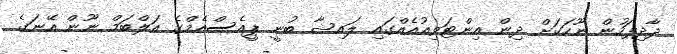
ދާދިފަހުން ނޫހަކަށް ދިން އިންޓަވިއުއެއްގައި ލައިޝާ ބުނީ ޕީއެސްއެމްގެ އަލްބަމް ނޫން އޭނަގެ